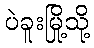
ပဲခူးမြို့သို့